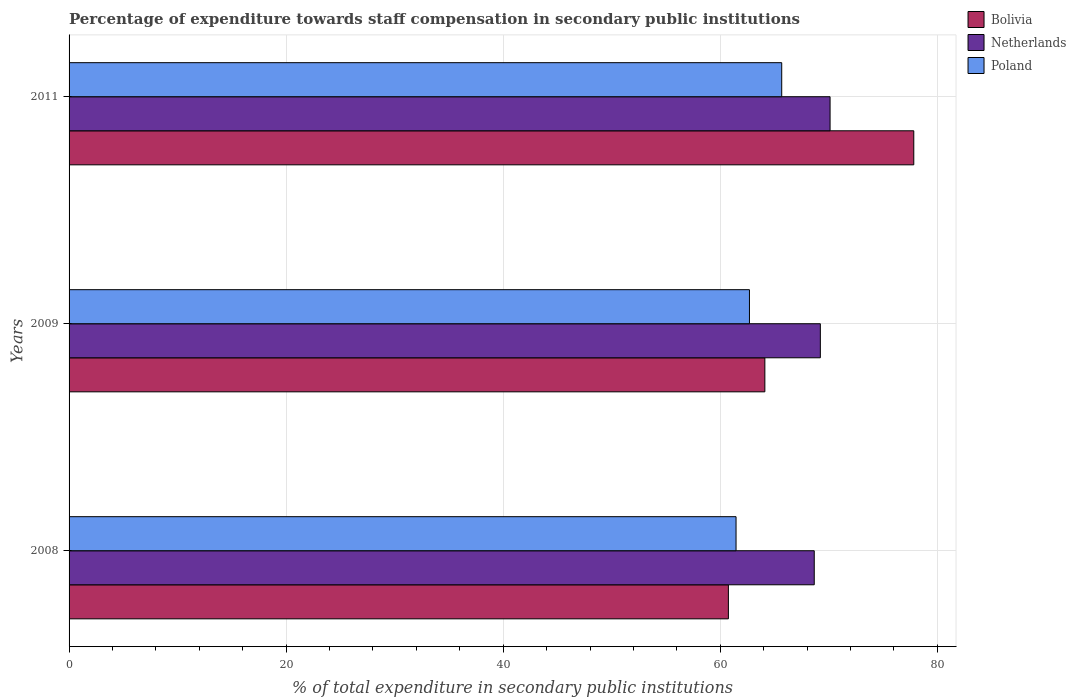
| Years | Bolivia | Netherlands | Poland |
 | --- | --- | --- | --- |
 | 2008 | 60.7 | 68.7 | 61.5 |
 | 2009 | 64.1 | 69.2 | 62.7 |
 | 2011 | 77.8 | 70.1 | 65.7 |